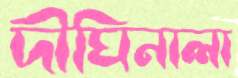
দীঘিনালা